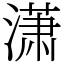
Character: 潇